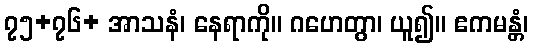
၇၅+၇၆+ အာသနံ၊ နေရာကို။ ဂဟေတွာ၊ ယူ၍။ ဧကမန္တံ၊